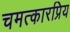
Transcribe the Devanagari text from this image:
चमत्कारप्रिय